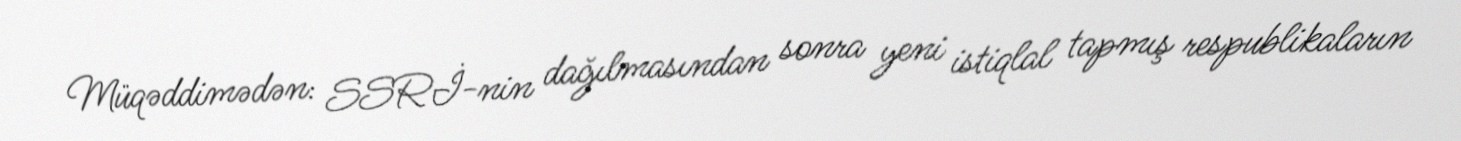
Müqəddimədən: SSRİ-nin dağılmasından sonra yeni istiqlal tapmış respublikaların